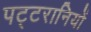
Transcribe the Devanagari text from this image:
पट्टरानियों